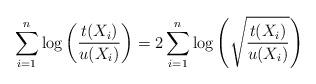
LaTeX: \begin{align*}\sum_{i=1}^{n}\log\left(\frac{t(X_{i})}{u(X_{i})}\right)=2\sum_{i=1}^{n}\log\left(\sqrt{\frac{t(X_{i})}{u(X_{i})}}\right)\end{align*}